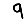
Digit: 9